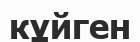
кұйген